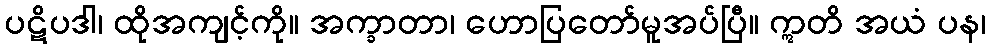
ပဋိပဒါ၊ ထိုအကျင့်ကို။ အက္ခာတာ၊ ဟောပြတော်မူအပ်ပြီ။ ဣတိ အယံ ပန၊